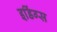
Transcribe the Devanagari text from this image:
इडिंग्स